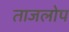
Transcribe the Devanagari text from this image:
ताजलोप